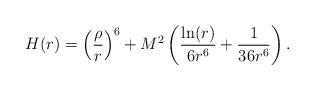
LaTeX: \begin{align*}H(r) = \left( \frac{\rho}{r} \right)^6 + M^2 \left( \frac{\ln(r)}{6 r^6} + \frac{1}{36 r^6} \right).\end{align*}